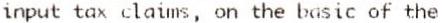
INPUT TAX CLAIMS, ON THE BASIC OF THE